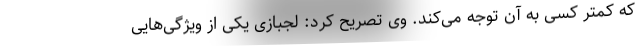
که کمتر کسی به آن توجه می‌کند. وی تصریح کرد: لجبازی یکی از ویژگی‌هایی